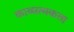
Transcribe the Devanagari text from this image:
काव्यत्मकता